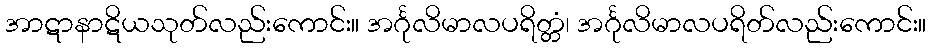
အာဋာနာဋိယသုတ်လည်းကောင်း။ အင်္ဂုလိမာလပရိတ္တံ၊ အင်္ဂုလိမာလပရိတ်လည်းကောင်း။